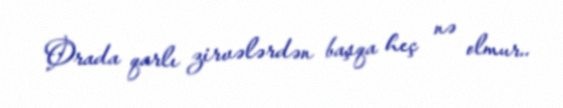
Orada qarlı zirvələrdən başqa heç nə olmur..